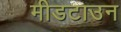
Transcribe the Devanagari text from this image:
मीडटाउन